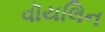
વૉયલિન